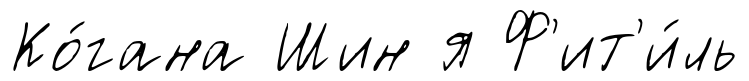
Ко́гана Шин я Ф'ит'и́ль